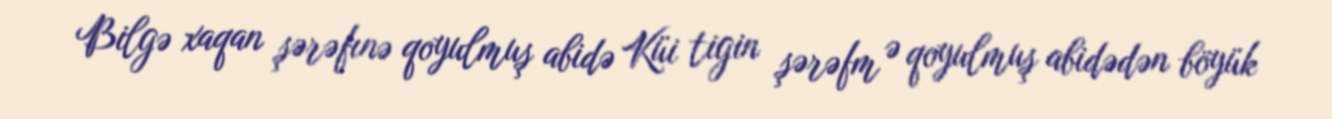
Bilgə xaqan şərəfınə qoyulmuş abidə Küi tigin şərəfm ə qoyulmuş abidədən böyük